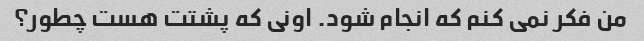
من فکر نمی کنم که انجام شود. اونی که پشتت هست چطور؟